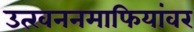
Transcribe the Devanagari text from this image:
उत्खननमाफियांवर